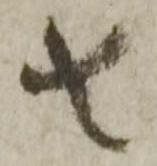
者